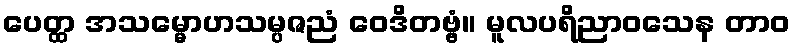
ပေတ္ထ အသမ္မောဟသမ္ပဇညံ ဝေဒိတဗ္ဗံ။ မူလပရိညာဝသေန တာဝ